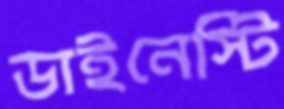
ডাইনেস্টি